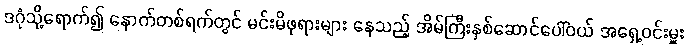
ဒဂုံသို့ရောက်၍ နောက်တစ်ရက်တွင် မင်းမိဖုရားများ နေသည့် အိမ်ကြီးနှစ်ဆောင်ပေါ်ဝယ် အရှေ့ဝင်းမှူး